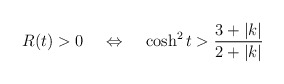
\begin{align*}R(t)>0\;\;\;\;\Leftrightarrow\;\;\;\;\cosh^2 t > \frac{3+|k|}{2+|k|}\end{align*}